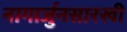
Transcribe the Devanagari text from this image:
नागार्जुनसारखी